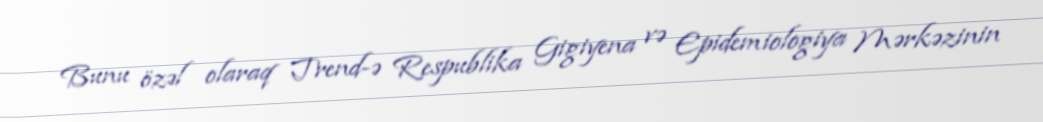
Bunu özəl olaraq Trend-ə Respublika Gigiyena və Epidemiologiya Mərkəzinin